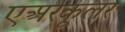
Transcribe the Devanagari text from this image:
एअरकूलर